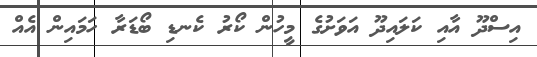
އިސްދޫ އާއި ކަލައިދޫ އަވަށުގެ މީހުން ކޯރު ކެނޑި ބޯޑަރާ ހަމައިން އެއް